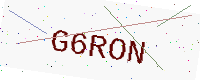
Text: G6RON